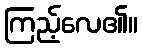
ကြည့်လေ၏။